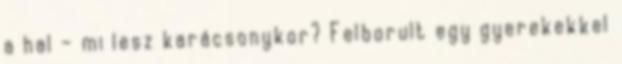
a hal – mi lesz karácsonykor? Felborult egy gyerekekkel